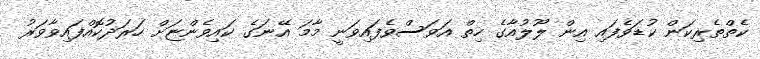
ކެތްތެރިކަން ކުޑަވެފައި އިން ލޫލުއާގެ ހިތް އަވަސްވެފައިވަނީ މާމަ އޭނަގެ ކައިވެންޏަށް ހަރަދުކޮއްފައިވާވަރު